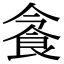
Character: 𩚜